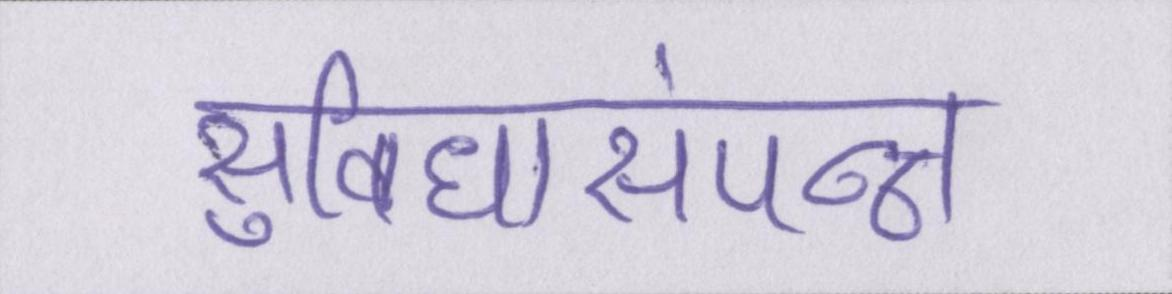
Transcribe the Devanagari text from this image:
सुविधासंपन्न